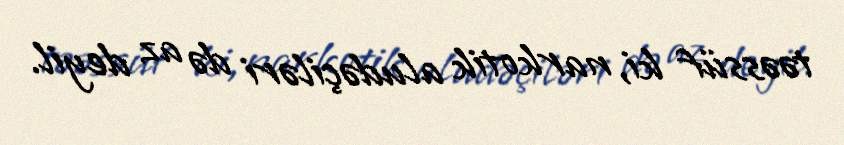
təəssüf ki, narkotik aludəçiləri də az deyil.